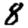
Digit: 8